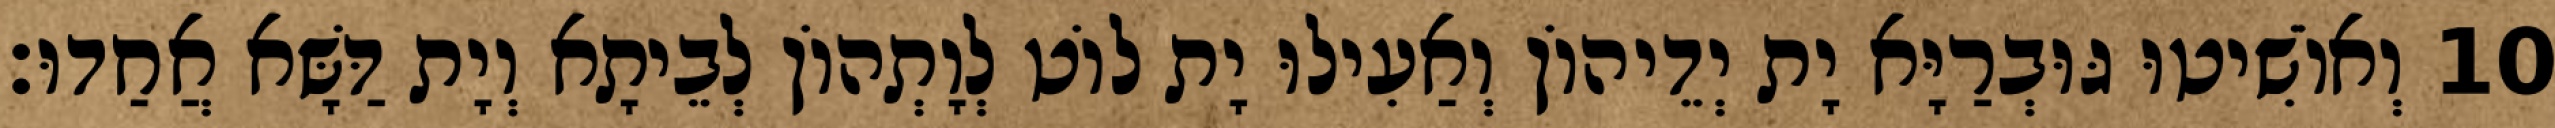
10 וְאוֹשִׁיטוּ גּוּבְרַיָּא יָת יְדֵיהוֹן וְאַעִילוּ יָת לוֹט לְוָתְהוֹן לְבֵיתָא וְיָת דַּשָּׁא אֲחַדוּ׃